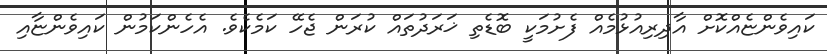
ކައިވެންޏެއްކޮށް އާދިރިއުޅުމެއް ފެށުމަކީ ބޮޑެތި ޚަރަދުތައް ކުރަން ޖެހޭ ކަމެކެވެ. އެހެންކަމުން ކައިވެންޏާއި